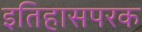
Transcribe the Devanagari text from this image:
इतिहासपरक